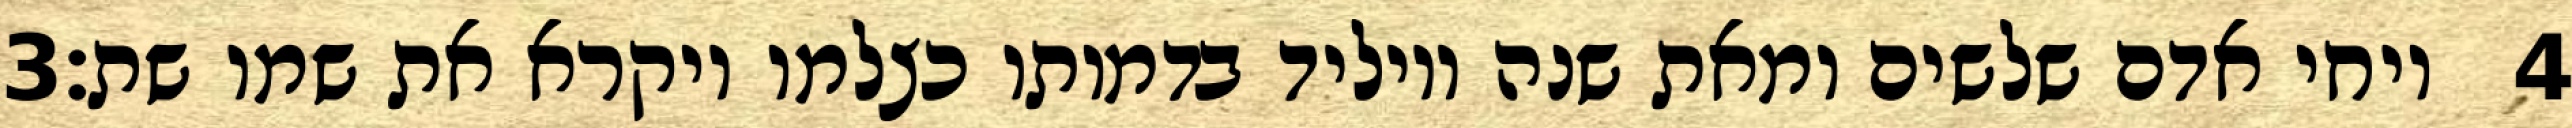
‎3‏ ויחי אדם שלשים ומאת שנה ויוליד בדמותו כצלמו ויקרא את שמו שת׃ ‎4‏